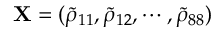
\mathbf { X } = ( \tilde { \rho } _ { 1 1 } , \tilde { \rho } _ { 1 2 } , \cdots , \tilde { \rho } _ { 8 8 } )